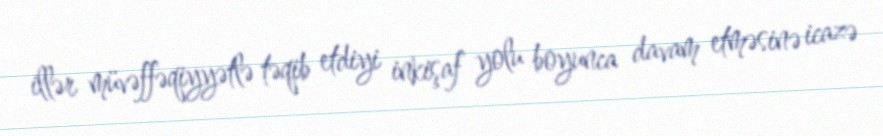
illər müvəffəqiyyətlə təqib etdiyi inkişaf yolu boyunca davam etməsinə icazə